NAE_ERA_R-2362_Emakeele_Selts, lk 95
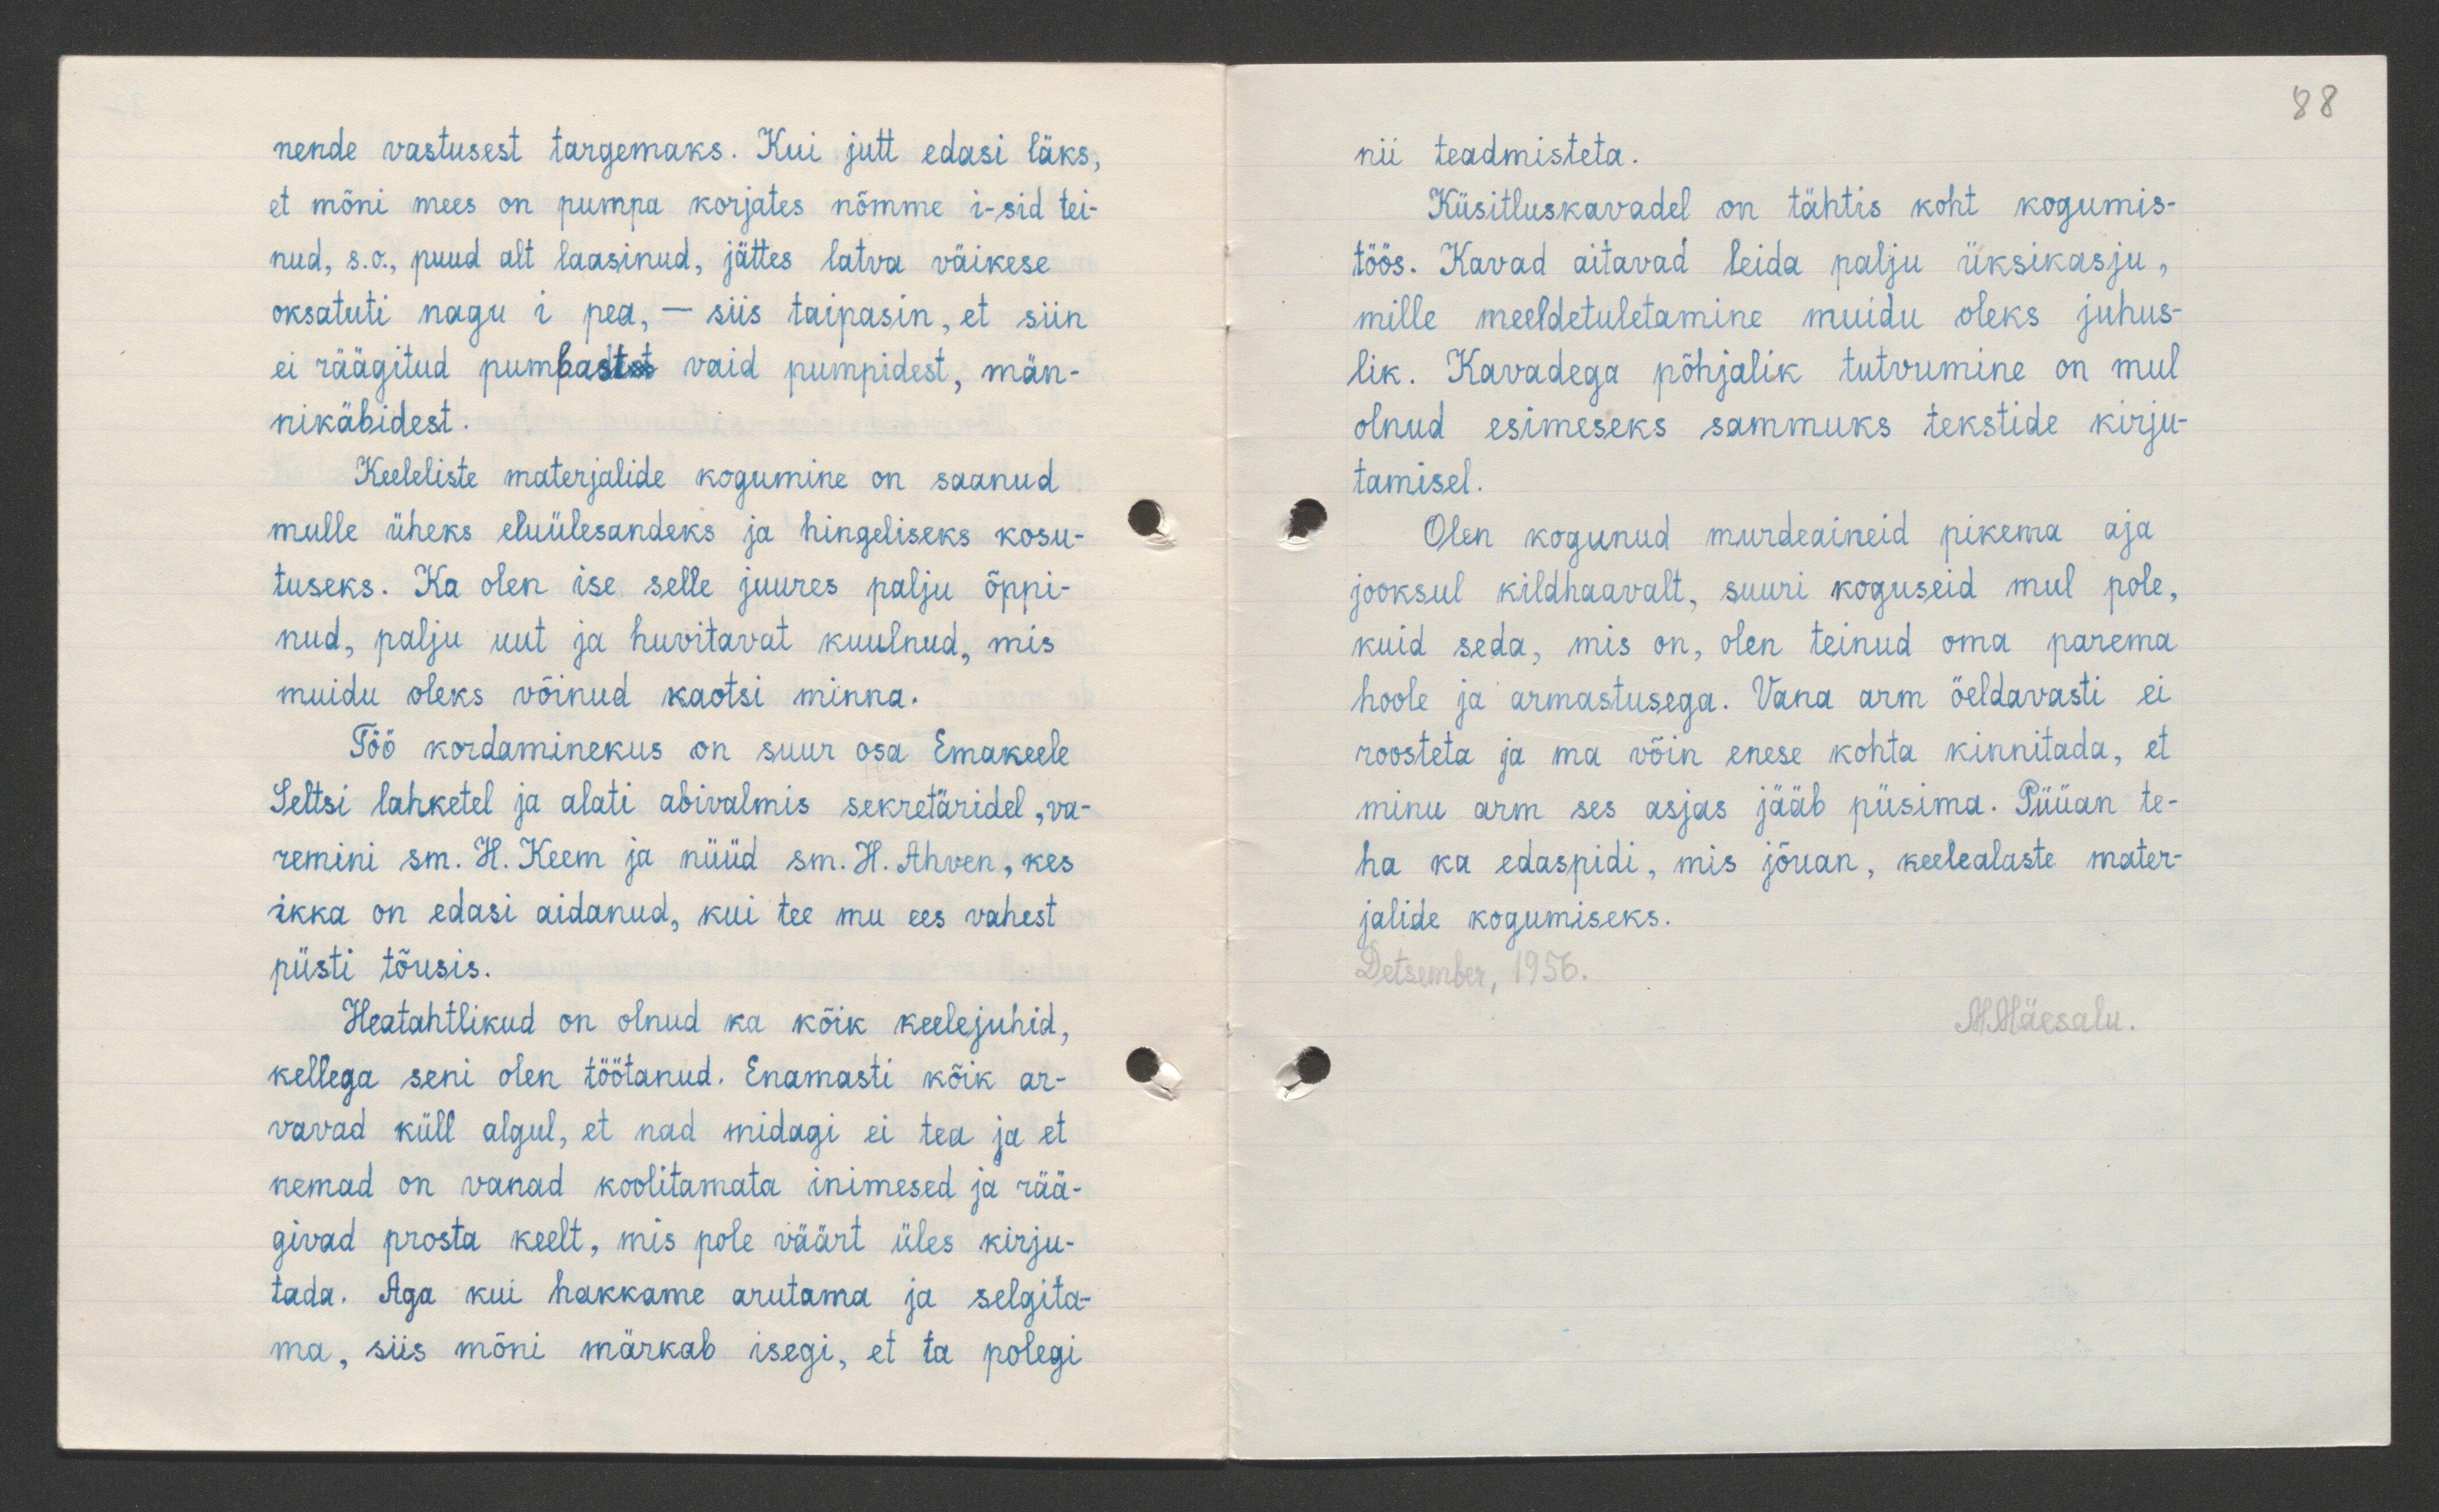
88

nende vastusest targemaks. Kui jutt edasi läks,
et mõni mees on pumpa korjates nõmme i-sid tei-
nud, s.o., puud alt laasinud, jättes latva väikese
oksatuti nagu i pea, - siis taipasin, et siin
ei räägitud pumbast vaid pumpidest, män-
nikäbidest.
Keeleliste materjalide kogumine on saanud
mulle üheks eluülesandeks ja hingeliseks kosu-
tuseks. Ka olen ise selle juures palju õppi-
nud, palju uut ja huvitavat kuulnud, mis
muidu oleks võinud kaotsi minna.
Töö kordaminekus on suur osa Emakeele
Seltsi lahketel ja alati abivalmis sekretäridel, va-
remini sm. H. Keem ja nüüd sm. H. Ahven, kes
ikka on edasi aidanud, kui tee mu ees vahest
püsti tõusis.
Heatahtlikud on olnud ka kõik keelejuhid,
kellega seni olen töötanud. Enamasti kõik ar-
vavad küll algul, et nad midagi ei tea ja et
nemad on vanad koolitamata inimesed ja rää-
givad prosta keelt, mis pole väärt üles kirju-
tada. Aga kui hakkame arutama ja selgita-
ma, siis mõni märkab isegi, et ta polegi

nii teadmisteta.
Küsitluskavadel on tähtis koht kogumis-
töös. Kavad aitavad leida palju üksikasju,
mille meeldetuletamine muidu oleks juhus-
lik. Kavadega põhjalik tutvumine on mul
olnud esimeseks sammuks tekstide kirju-
tamisel.
Olen kogunud murdeaineid pikema aja
jooksul kildhaavalt, suuri koguseid mul pole,
kuid seda, mis on, olen teinud oma parema
hoole ja armastusega. Vana arm öeldavasti ei
roosteta ja ma võin enese kohta kinnitada, et
minu arm ses asjas jääb püsima. Püüan te-
ha ka edaspidi, mis jõuan, keelealaste mater-
jalide kogumiseks.
Detsember, 1956.
M. Mäesalu.